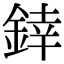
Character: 﨨